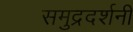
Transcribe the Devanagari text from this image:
समुद्रदर्शनी